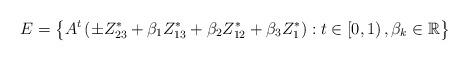
LaTeX: \begin{align*}E=\left\{ A^t\left( \pm Z_{23}^{\ast}+\beta_{1}Z_{13}^{\ast}+\beta_{2}Z_{12}^{\ast}+\beta_{3}Z_{1}^{\ast}\right) :t\in\left[ 0,1\right),\beta_{k}\in\mathbb{R}\right\}\end{align*}